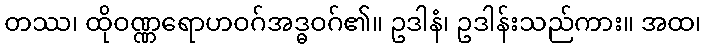
တဿ၊ ထိုဝဏ္ဏရောဟဝဂ်အဒ္ဓဝဂ်၏။ ဥဒါနံ၊ ဥဒါန်းသည်ကား။ အထ၊